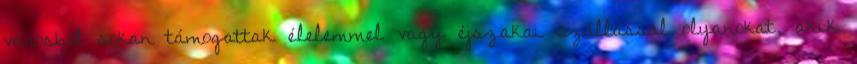
városból sokan támogattak élelemmel vagy éjszakai szállással olyanokat, akik